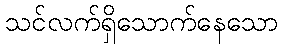
သင်လက်ရှိသောက်နေသော